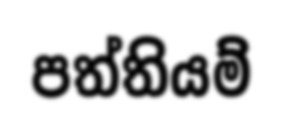
පත්තියම්